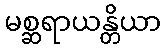
မစ္ဆရာယန္တိယာ